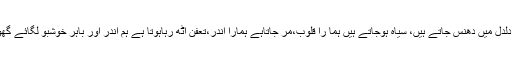
ہم انسان ہیں،حماقتیں کرتے ہیں،گناہ کرتے ہیں،آلودہ ہوجاتے ہیں ہم،دلدل میں دھنس جاتے ہیں، سیاہ ہوجاتے ہیں ہما را قلوب،مر جاتاہے ہمارا اندر،تعفن اٹھ رہاہوتا ہے ہم اندر اور باہر خوشبو لگائے گھومتے رہتے ہیں،کبرمیں مبتلا،تکبرتوجان لیواہے چاہے ذرہ برابرہو۔